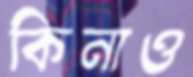
কিনাও